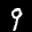
Label: 9